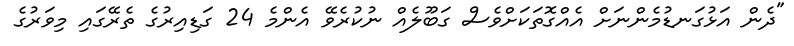
"ދެން އަޅުގަނޑުމެންނަށް އެއްގޮތަކަށްވެސް ގަބޫލެއް ނުކުރެވޭ އެންމެ 24 ގަޑިއިރުގެ ތެރޭގައި މިވަރުގެ